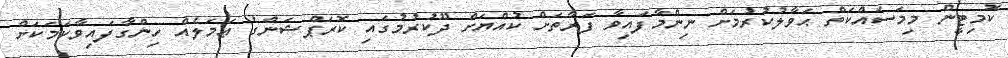
ކޮމިޓީން މިމަސައްކަތް ޙަވާލުކުރުމަށް ނިންމާފައިވާ ފަރާތަށް ކުއްޔަށް ދޫކުރުމުގައި ކޮރަޕްޝަންގެ ޢަމަލެއް ހިންގާފައިވާކަމަކަށް